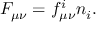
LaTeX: F _ { \mu \nu } = f _ { \mu \nu } ^ { i } n _ { i } .